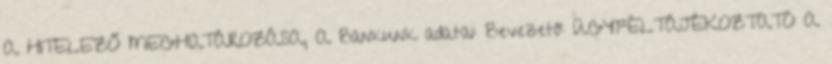
A HITELEZŐ MEGHATÁROZÁSA, A Bankunk adatai: Bevezető: ÜGYFÉLTÁJÉKOZTATÓ A